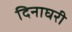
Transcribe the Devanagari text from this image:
दिनाघरी